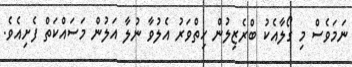
ނަމަވެސް މި ގޯލާއެކު ބްރެޒިލުން ހިތްވަރު އެލުވާ ނުލާ އަލުން މަސައްކަތް ފެށިއެވެ.